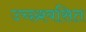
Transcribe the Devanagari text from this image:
उच्छ्श्वसित